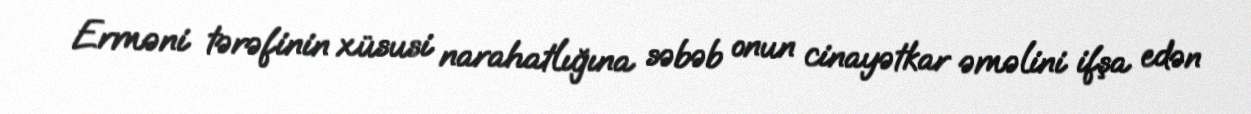
Erməni tərəfinin xüsusi narahatlığına səbəb onun cinayətkar əməlini ifşa edən